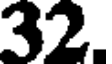
32.